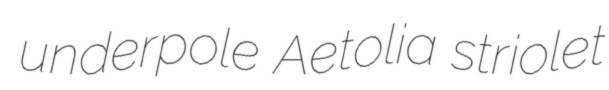
underpole Aetolia striolet